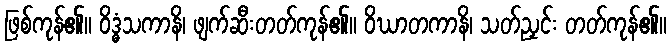
ဖြစ်ကုန်၏။ ဝိဒ္ဓံသကာနိ၊ ဖျက်ဆီးတတ်ကုန်၏။ ဝိဃာတကာနိ၊ သတ်ညှင်း တတ်ကုန်၏။